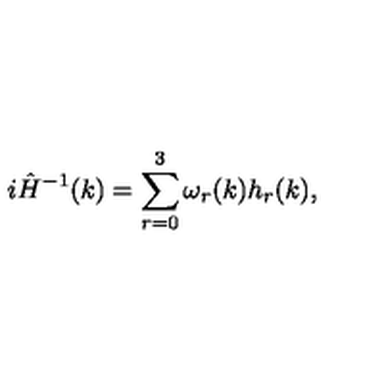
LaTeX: i \hat { H } ^ { - 1 } ( k ) = \sum _ { r = 0 } ^ { 3 } \omega _ { r } ( k ) h _ { r } ( k ) ,